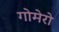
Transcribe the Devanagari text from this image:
गोमेरो